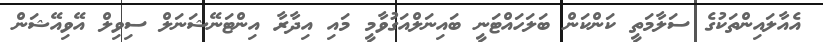
އެއާލައިންތަކުގެ ސަލާމަތީ ކަންކަން ބަލަހައްޓަނީ ބައިނަލްއަގުވާމީ މައި އިދާރާ އިންޓަނޭޝަނަލް ސިވިލް އޭވިއޭޝަން